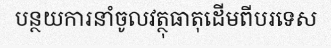
បន្ថយការនាំចូលវត្ថុធាតុដើមពីបរទេស